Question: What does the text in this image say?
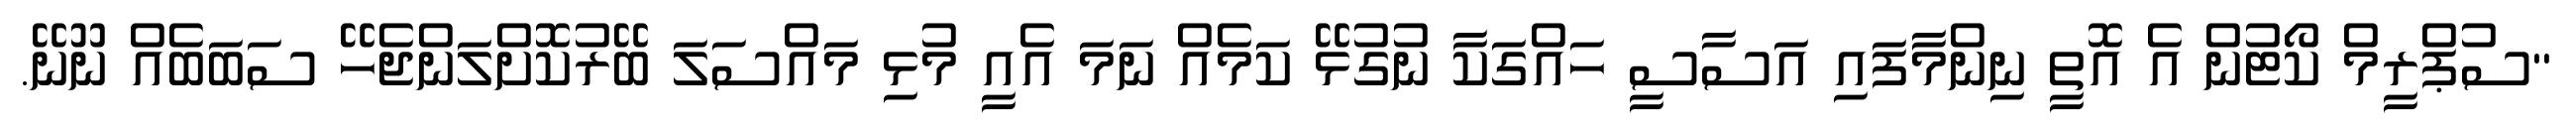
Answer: "ސުޕްރީމް ކޯޓުން އެ އޮތީ ނިންމާފައި އަސާސީ ހައްގަކާ ނުގުޅޭ ކަމެއް ނަމަ އެއީ މުޅި މައްސަލަ ބޭރުކޮށްލަންޖެހޭ ސަބަބެއް ނޫނޭ.